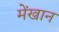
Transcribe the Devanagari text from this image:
मेंखान